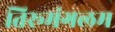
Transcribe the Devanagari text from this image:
तिरूमंगलम